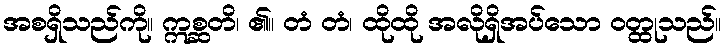
အစရှိသည်ကို။ ဣစ္ဆတိ၊ ၏။ တံ တံ၊ ထိုထို အလိုရှိအပ်သော ဝတ္ထုသည်။